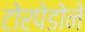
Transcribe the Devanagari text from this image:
टोरपेडोने